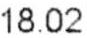
18.02